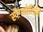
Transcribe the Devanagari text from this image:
स्पैगनोलिनि